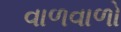
વાળવાળો